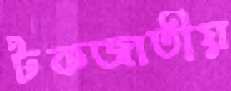
টকজাতীয়